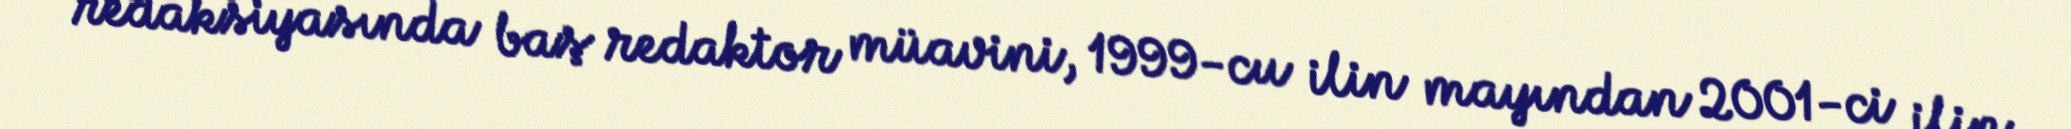
redaksiyasında baş redaktor müavini, 1999-cu ilin mayından 2001-ci ilin